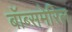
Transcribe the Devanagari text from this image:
बॉब्समेरिल